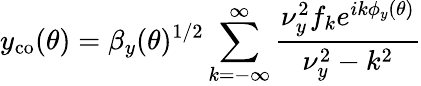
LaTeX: y_{\mathrm{co}}(\theta)=\beta_{y}(\theta)^{1/2}\sum_{k=-\infty}^{\infty}\frac{\nu_{y}^{2}f_{k}e^{ik\phi_{y}(\theta)}}{\nu_{y}^{2}-k^{2}}